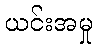
ယင်းအမှု